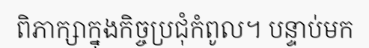
ពិភាក្សាក្នុងកិច្ចប្រជុំកំពូល។ បន្ទាប់មក